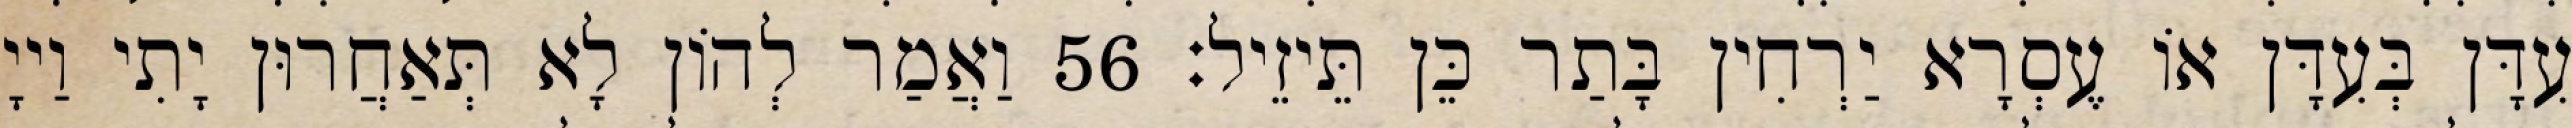
עִדָּן בְּעִדָּן אוֹ עֶסְרָא יַרְחִין בָּתַר כֵּן תֵּיזֵיל׃ 56 וַאֲמַר לְהוֹן לָא תְּאַחֲרוּן יָתִי וַייָ